Indian Medical Review
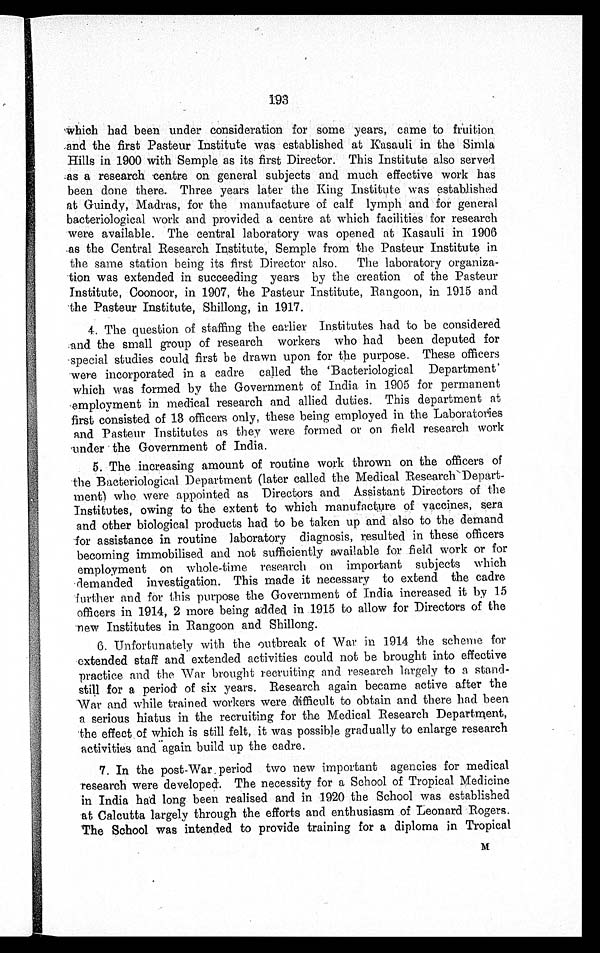
193
which had been under consideration for some years, came to fruition
and the first Pasteur Institute was established at Kasauli in the Simla
Hills in 1900 with Semple as its first Director. This Institute also served
as a research centre on general subjects and much effective work has
been done there. Three years later the King Institute was established
at Guindy, Madras, for the manufacture of calf lymph and for general
bacteriological work and provided a centre at which facilities for research
were available. The central laboratory was opened at Kasauli in 1906
as the Central Research Institute, Semple from the Pasteur Institute in
the same station being its first Director also. The laboratory organiza
tion was extended in succeeding years by the creation of the Pasteur
Institute, Coonoor, in 1907, the Pasteur Institute, Rangoon, in 1915 and
the Pasteur Institute, Shillong, in 1917.
4. The question of staffing the earlier Institutes had to be considered
and the small group of research workers who had been deputed for
special studies could first be drawn upon for the purpose. These officers
were incorporated in a cadre called the 'Bacteriological Department'
which was formed by the Government of India in 1905 for permanent
employment in medical research and allied duties. This department at
first consisted of 13 officers only, these being employed in the Laboratories
and Pasteur Institutes as they were formed or on field research work
under the Government of India.
5.
The increasing amount of routine work thrown on the officers of
- the Bacteriological Department (later called the Medical Research Depart-
ment who were appointed as Directors and Assistant Directors of the
Institutes, owing to the extent to which manufacture of vaccines, sera
and other biological products had to be taken up and also to the demand
for assistance in routine laboratory diagnosis, resulted in these officers
becoming immobilised and not sufficiently available for field work or for
employment on whole-time research on important subjects which
demanded investigation. This made it necessary to extend the cadre
further and for this purpose the Government of India increased it by 15
officers in 1914, 2 more being added in 1915 to allow for Directors of the
-new Institutes in Rangoon and Shillong.
6.
Unfortunately with the outbreak of War in 1914 the scheme for
extended staff and extended activities could not be brought into effective
practice and the. War brought recruiting and research largely to a stand-
still for a period of six years. Research again became active after the
War and while trained workers were difficult to obtain and there had been
a serious hiatus in the recruiting for the Medical Research Department,
the effect of which is still felt, it was possible gradually to enlarge research
activities and again build up the cadre.
7.
In the post-War period two new important agencies for medical
research were developed. The necessity for a School of Tropical Medicine
in India had long been realised and in 1920 the School was established
at Calcutta largely through the efforts and enthusiasm of Leonard Rogers.
The School was intended to provide training for a diploma in Tropical
M